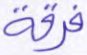
فرقة